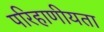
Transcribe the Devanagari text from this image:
परिहाणीयता